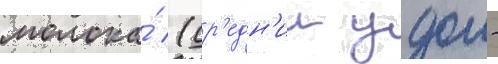
молока́ (ср'едн'ии удои -